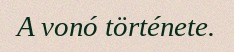
A vonó története.